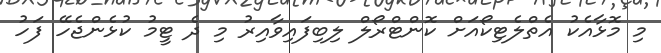
މި މޮޅާއެކު އެތްލެޓިކޯއަށް ކޮންޓްރޯލް ލިބިފައިވާއިރު މި ދެ ޓީމު ކުޅެންޖެހޭ ފަހު